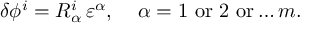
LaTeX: \delta \phi ^ { i } = R _ { \alpha } ^ { i } \, \varepsilon ^ { \alpha } , \; \; \; \; \alpha = 1 \, \, \mathrm { o r } \, \, 2 \, \, \mathrm { o r } \ldots m .